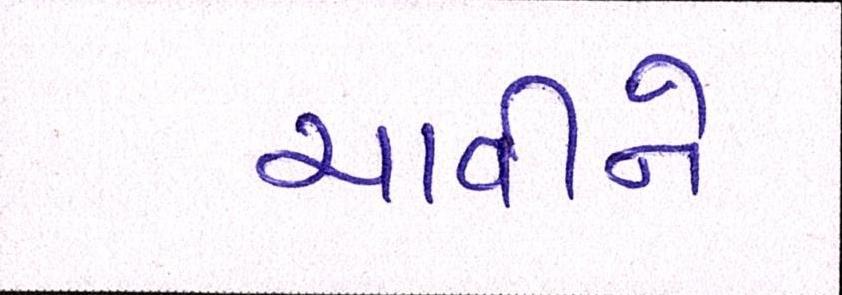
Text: ચાવીને